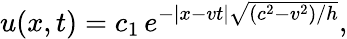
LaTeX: u(x,t)=c_{1}\, e^{-\lvert x-vt\rvert\sqrt{(c^{2}-v^{2})/h}},